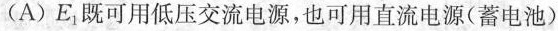
(A)E_{1}既可用低压交流电源，也可用直流电源(蓄电池)